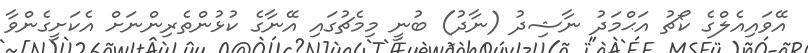
އޭވައިއެލްގެ ކޯޗު އަޙްމަދު ނާޝިދު (ނާދު) ބުނީ މިމެޗުގައި އޭނާގެ ކުޅުންތެރިންނަށް އެކަށީގެންވާ